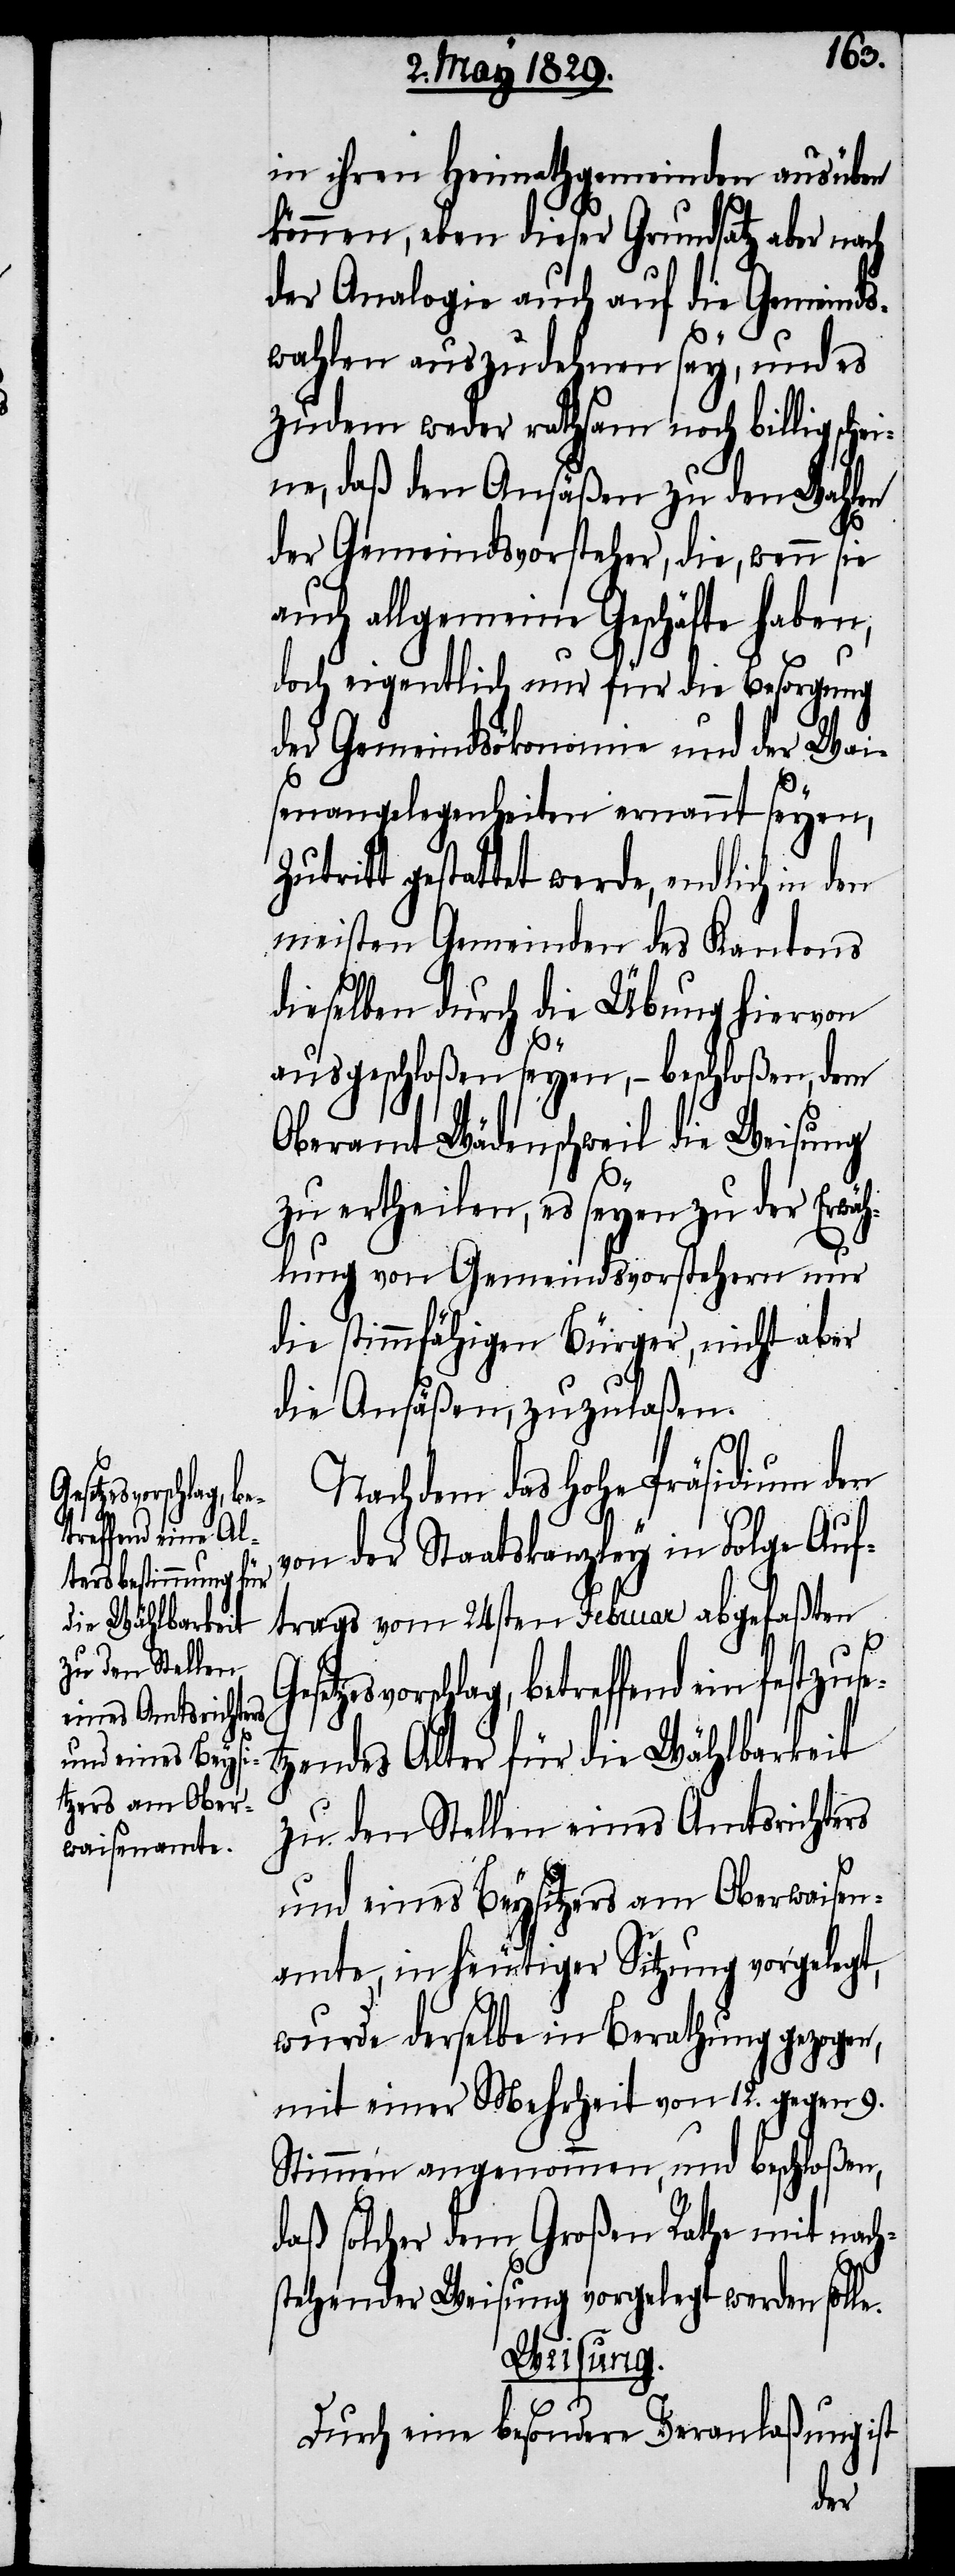
estzuse¬
etreffend ein f¬

in ihren Heimathgemeinden ausüben
können, eben dieser Grundsatz aber nach
der Analogie auch auf die Gemeinds¬
wahlen auszudehnen sey, und es
zudem weder rathsam noch billig sche¬
ine, daß den Ansäßen zu den Wahlen
der Gemeindsvorsteher, die, wenn sie
auch allgemeine Geschäfte haben,
doch eigentlich nur für die Besorgung
der Gemeindsökonomie und der Wai¬
senangelegenheiten ernannt seyen,
gestattet werde, endlich in
meisten Gemeinden des Kantons
dieselben durch die Übung hiervon
ausgeschloßen seyen,– beschloßen, dem
Oberamt Wädenschweil die Weisung
zu ertheilen, es seyen zu der Erw¬
ählung von Gemeindsvorstehern nur
die stimmfähigen Bürger, nicht aber
die Ansäßen, zuzulaßen.
Nachdem das Hohe Präsidium den
von der Staatskanzley in Folge Auf¬
trags vom 24sten Februar abgefaßten
tzendes Alter für die Wählbarkeit
zu den Stellen eines Amtsrichters
und eines Beysitzers am Oberwaisen¬
amte, in heutiger Sitzung vorgelegt,
wurde derselbe in Berathung gezogen,
mit einer Mehrheit von 12. gegen 9.
Stimmen angenommen, und beschloßen,
daß solcher dem Großen Rathe mit nach¬
stehender Weisung vorgelegt werden solle.
Weisung.
Durch eine besondere Veranlaßung ist